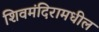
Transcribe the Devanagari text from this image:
शिवमंदिरामधील